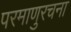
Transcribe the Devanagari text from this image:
परमाणुरचना